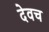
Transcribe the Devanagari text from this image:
देवच